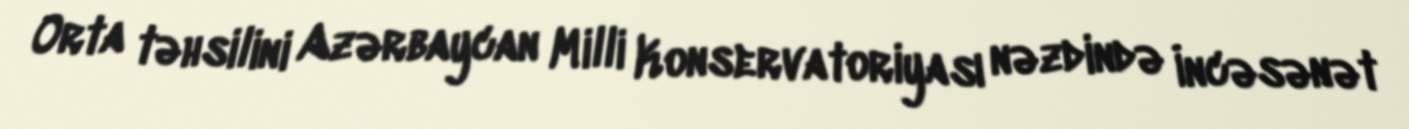
Orta təhsilini Azərbaycan Milli Konservatoriyası nəzdində İncəsənət